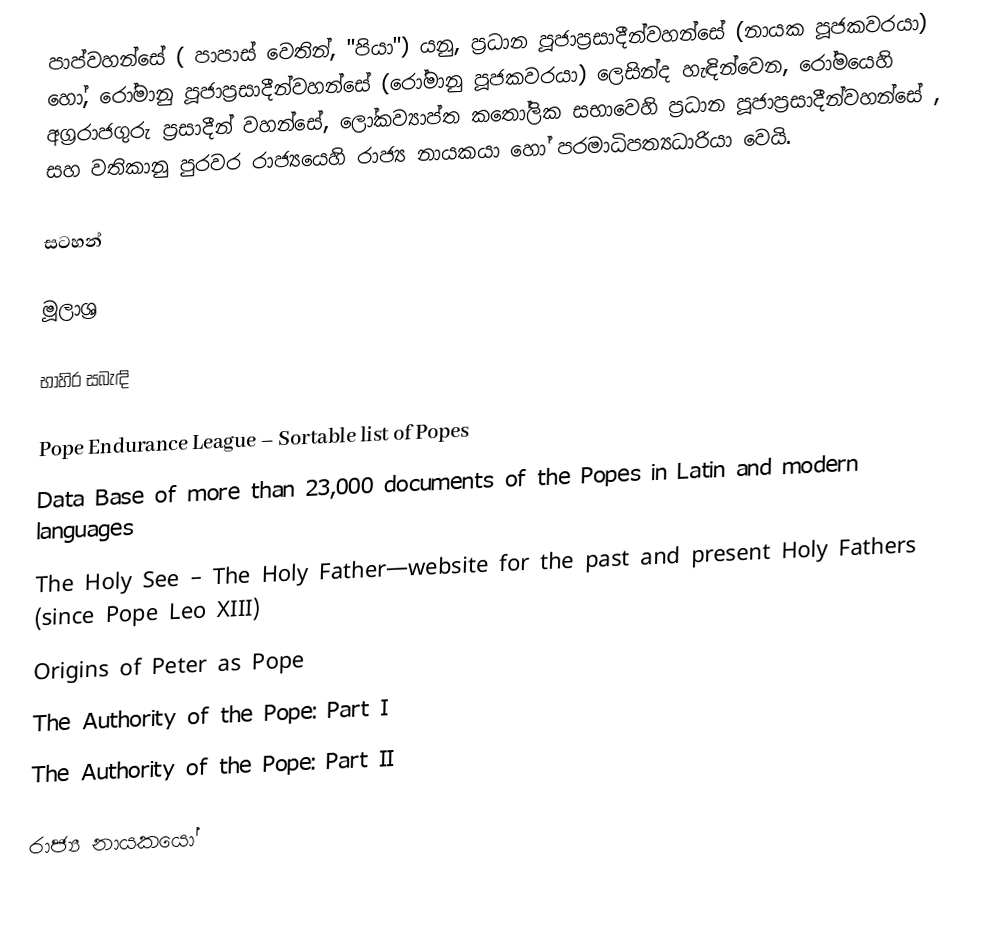
පාප්වහන්සේ (  පාපාස් වෙතින්, "පියා") යනු, ප්‍රධාන පූජාප්‍රසාදීන්වහන්සේ (නායක පූජකවරයා) හෝ, රෝමානු පූජාප්‍රසාදීන්වහන්සේ (රෝමානු පූජකවරයා) ලෙසින්ද හැඳින්වෙන, රෝමයෙහි අග‍්‍රරාජගුරු ප‍්‍රසාදීන් වහන්සේ, ලෝකව්‍යාප්ත කතෝලික සභාවෙහි ප්‍රධාන පූජාප්‍රසාදීන්වහන්සේ , සහ  වතිකානු පුරවර රාජ්‍යයෙහි රාජ්‍ය නායකයා හෝ පරමාධිපත්‍යධාරියා වෙයි.

සටහන්

මූලාශ්‍ර

භාහිර සබැඳි

 Pope Endurance League – Sortable list of Popes
 Data Base of more than 23,000 documents of the Popes in Latin and modern languages
 The Holy See – The Holy Father—website for the past and present Holy Fathers (since Pope Leo XIII)
 Origins of Peter as Pope
 The Authority of the Pope: Part I
 The Authority of the Pope: Part II

රාජ්‍ය නායකයෝ